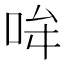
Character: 𪡂